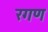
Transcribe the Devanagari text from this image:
रगण